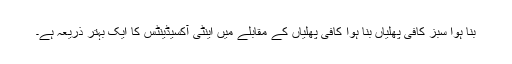
بنا ہوا سبز کافی پھلیاں بنا ہوا کافی پھلیاں کے مقابلے میں اینٹی آکسیڈینٹس کا ایک بہتر ذریعہ ہے۔